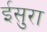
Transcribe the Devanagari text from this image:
ईसुरा